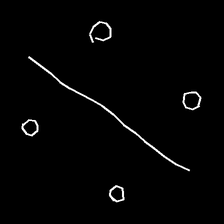
Glyph: cool